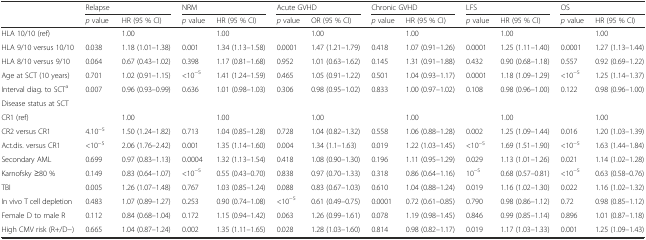
<table><thead><tr><td></td><td colspan="2"><b>Relapse</b></td><td colspan="2"><b>NRM</b></td><td colspan="2"><b>Acute GVHD</b></td><td colspan="2"><b>Chronic GVHD</b></td><td colspan="2"><b>LFS</b></td><td colspan="2"><b>OS</b></td></tr><tr><td></td><td><b><i>p</i> value</b></td><td><b>HR (95 % CI)</b></td><td><b><i>p</i> value</b></td><td><b>HR (95 % CI)</b></td><td><b><i>p</i> value</b></td><td><b>OR (95 % CI)</b></td><td><b><i>p</i> value</b></td><td><b>HR (95 % CI)</b></td><td><b><i>p</i> value</b></td><td><b>HR (95 % CI)</b></td><td><b><i>p</i> value</b></td><td><b>HR (95 % CI)</b></td></tr></thead><tbody><tr><td>HLA 10/10 (ref)</td><td></td><td>1.00</td><td></td><td>1.00</td><td></td><td>1.00</td><td></td><td>1.00</td><td></td><td>1.00</td><td></td><td>1.00</td></tr><tr><td>HLA 9/10 versus 10/10</td><td>0.038</td><td>1.18 (1.01–1.38)</td><td>0.001</td><td>1.34 (1.13–1.58)</td><td>0.0001</td><td>1.47 (1.21–1.79)</td><td>0.418</td><td>1.07 (0.91–1.26)</td><td>0.0001</td><td>1.25 (1.11–1.40)</td><td>0.0001</td><td>1.27 (1.13–1.44)</td></tr><tr><td>HLA 8/10 versus 9/10</td><td>0.064</td><td>0.67 (0.43–1.02)</td><td>0.398</td><td>1.17 (0.81–1.68)</td><td>0.952</td><td>1.01 (0.63–1.62)</td><td>0.145</td><td>1.31 (0.91–1.88)</td><td>0.432</td><td>0.90 (0.68–1.18)</td><td>0.557</td><td>0.92 (0.69–1.22)</td></tr><tr><td>Age at SCT (10 years)</td><td>0.701</td><td>1.02 (0.91–1.15)</td><td>&lt;10<sup>−5</sup></td><td>1.41 (1.24–1.59)</td><td>0.465</td><td>1.05 (0.91–1.22)</td><td>0.501</td><td>1.04 (0.93–1.17)</td><td>0.0001</td><td>1.18 (1.09–1.29)</td><td>&lt;10<sup>−5</sup></td><td>1.25 (1.14–1.37)</td></tr><tr><td>Interval diag. to SCT<sup>a</sup></td><td>0.007</td><td>0.96 (0.93–0.99)</td><td>0.636</td><td>1.01 (0.98–1.03)</td><td>0.306</td><td>0.98 (0.95–1.02)</td><td>0.833</td><td>1.00 (0.97–1.02)</td><td>0.108</td><td>0.98 (0.96–1.00)</td><td>0.122</td><td>0.98 (0.96–1.00)</td></tr><tr><td>Disease status at SCT</td><td></td><td></td><td></td><td></td><td></td><td></td><td></td><td></td><td></td><td></td><td></td><td></td></tr><tr><td>CR1 (ref)</td><td></td><td>1.00</td><td></td><td>1.00</td><td></td><td>1.00</td><td></td><td>1.00</td><td></td><td>1.00</td><td></td><td>1.00</td></tr><tr><td>CR2 versus CR1</td><td>4.10<sup>−5</sup></td><td>1.50 (1.24–1.82)</td><td>0.713</td><td>1.04 (0.85–1.28)</td><td>0.728</td><td>1.04 (0.82–1.32)</td><td>0.558</td><td>1.06 (0.88–1.28)</td><td>0.002</td><td>1.25 (1.09–1.44)</td><td>0.016</td><td>1.20 (1.03–1.39)</td></tr><tr><td>Act.dis. versus CR1</td><td>&lt;10<sup>−5</sup></td><td>2.06 (1.76–2.42)</td><td>0.001</td><td>1.35 (1.14–1.60)</td><td>0.004</td><td>1.34 (1.1–1.63)</td><td>0.019</td><td>1.22 (1.03–1.45)</td><td>&lt;10<sup>−5</sup></td><td>1.69 (1.51–1.90)</td><td>&lt;10<sup>−5</sup></td><td>1.63 (1.44–1.84)</td></tr><tr><td>Secondary AML</td><td>0.699</td><td>0.97 (0.83–1.13)</td><td>0.0004</td><td>1.32 (1.13–1.54)</td><td>0.418</td><td>1.08 (0.90–1.30)</td><td>0.196</td><td>1.11 (0.95–1.29)</td><td>0.029</td><td>1.13 (1.01–1.26)</td><td>0.021</td><td>1.14 (1.02–1.28)</td></tr><tr><td>Karnofsky ≥80 %</td><td>0.149</td><td>0.83 (0.64–1.07)</td><td>&lt;10<sup>−5</sup></td><td>0.55 (0.43–0.70)</td><td>0.838</td><td>0.97 (0.70–1.33)</td><td>0.318</td><td>0.86 (0.64–1.16)</td><td>10<sup>−5</sup></td><td>0.68 (0.57–0.81)</td><td>&lt;10<sup>−5</sup></td><td>0.63 (0.58–0.76)</td></tr><tr><td>TBI</td><td>0.005</td><td>1.26 (1.07–1.48)</td><td>0.767</td><td>1.03 (0.85–1.24)</td><td>0.088</td><td>0.83 (0.67–1.03)</td><td>0.610</td><td>1.04 (0.88–1.24)</td><td>0.019</td><td>1.16 (1.02–1.30)</td><td>0.022</td><td>1.16 (1.02–1.32)</td></tr><tr><td>In vivo T cell depletion</td><td>0.483</td><td>1.07 (0.89–1.27)</td><td>0.253</td><td>0.90 (0.74–1.08)</td><td>&lt;10<sup>−5</sup></td><td>0.61 (0.49–0.75)</td><td>0.0001</td><td>0.72 (0.61–0.85)</td><td>0.790</td><td>0.98 (0.86–1.12)</td><td>0.72</td><td>0.98 (0.85–1.12)</td></tr><tr><td>Female D to male R</td><td>0.112</td><td>0.84 (0.68–1.04)</td><td>0.172</td><td>1.15 (0.94–1.42)</td><td>0.063</td><td>1.26 (0.99–1.61)</td><td>0.078</td><td>1.19 (0.98–1.45)</td><td>0.846</td><td>0.99 (0.85–1.14)</td><td>0.896</td><td>1.01 (0.87–1.18)</td></tr><tr><td>High CMV risk (R+/D−)</td><td>0.665</td><td>1.04 (0.87–1.24)</td><td>0.002</td><td>1.35 (1.11–1.65)</td><td>0.028</td><td>1.28 (1.03–1.60)</td><td>0.814</td><td>0.98 (0.82–1.17)</td><td>0.019</td><td>1.17 (1.03–1.33)</td><td>0.001</td><td>1.25 (1.09–1.43)</td></tr></tbody></table>